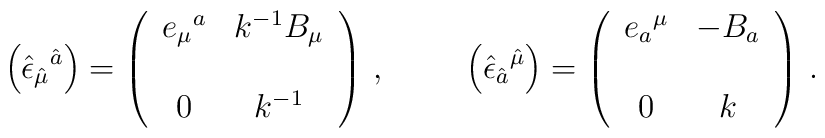
\left( \hat{\epsilon}_{\hat{\mu}}{}^{\hat{a}} \right)=\left(\begin{array}{cc}e_{\mu}{}^{a} & k^{-1} B_{\mu} \\& \\0           & k^{-1}         \\\end{array}\right)\, ,\hspace{1cm}\left( \hat{\epsilon}_{\hat{a}}{}^{\hat{\mu}}\right)=\left(\begin{array}{cc}e_{a}{}^{\mu} & -B_{a} \\& \\0           & k   \\\end{array}\right)\, .